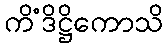
ကိံဒိဋ္ဌိကောသိ